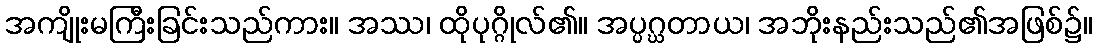
အကျိုးမကြီးခြင်းသည်ကား။ အဿ၊ ထိုပုဂ္ဂိုလ်၏။ အပ္ပဂ္ဃတာယ၊ အဘိုးနည်းသည်၏အဖြစ်၌။